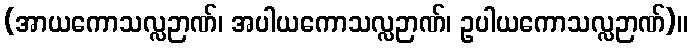
(အာယကောသလ္လဉာဏ်၊ အပါယကောသလ္လဉာဏ်၊ ဥပါယကောသလ္လဉာဏ်)။